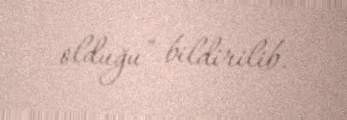
olduğu” bildirilib.